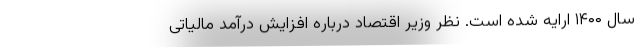
سال ۱۴۰۰ ارایه شده است. نظر وزیر اقتصاد درباره افزایش درآمد مالیاتی